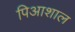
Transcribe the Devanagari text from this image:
पिआशाल